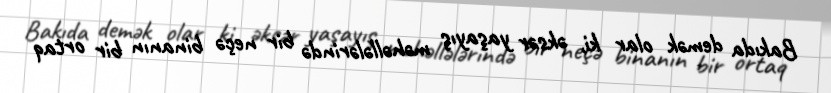
Bakıda demək olar ki, əksər yaşayış məhəllələrində bir neçə binanın bir ortaq